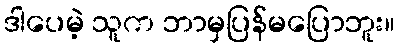
ဒါပေမဲ့ သူက ဘာမှပြန်မပြောဘူး။